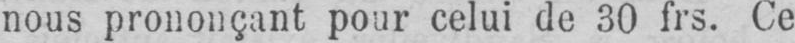
nous prononçant pour celui de 30 frs. Ce